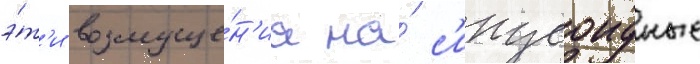
э́т'и возмуще́н'иа на́ с'инусоидные